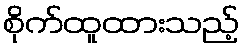
စိုက်ထူထားသည့်